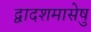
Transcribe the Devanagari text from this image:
द्वादशमासेषु